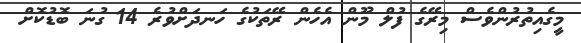
މީގެއިތުރުންވެސް މިރޭގެ ފުލް މޫން އެހެން ރޭތަކުގެ ހަނދަށްވުރެ 14 ގުނަ ބޮޑުކޮށް